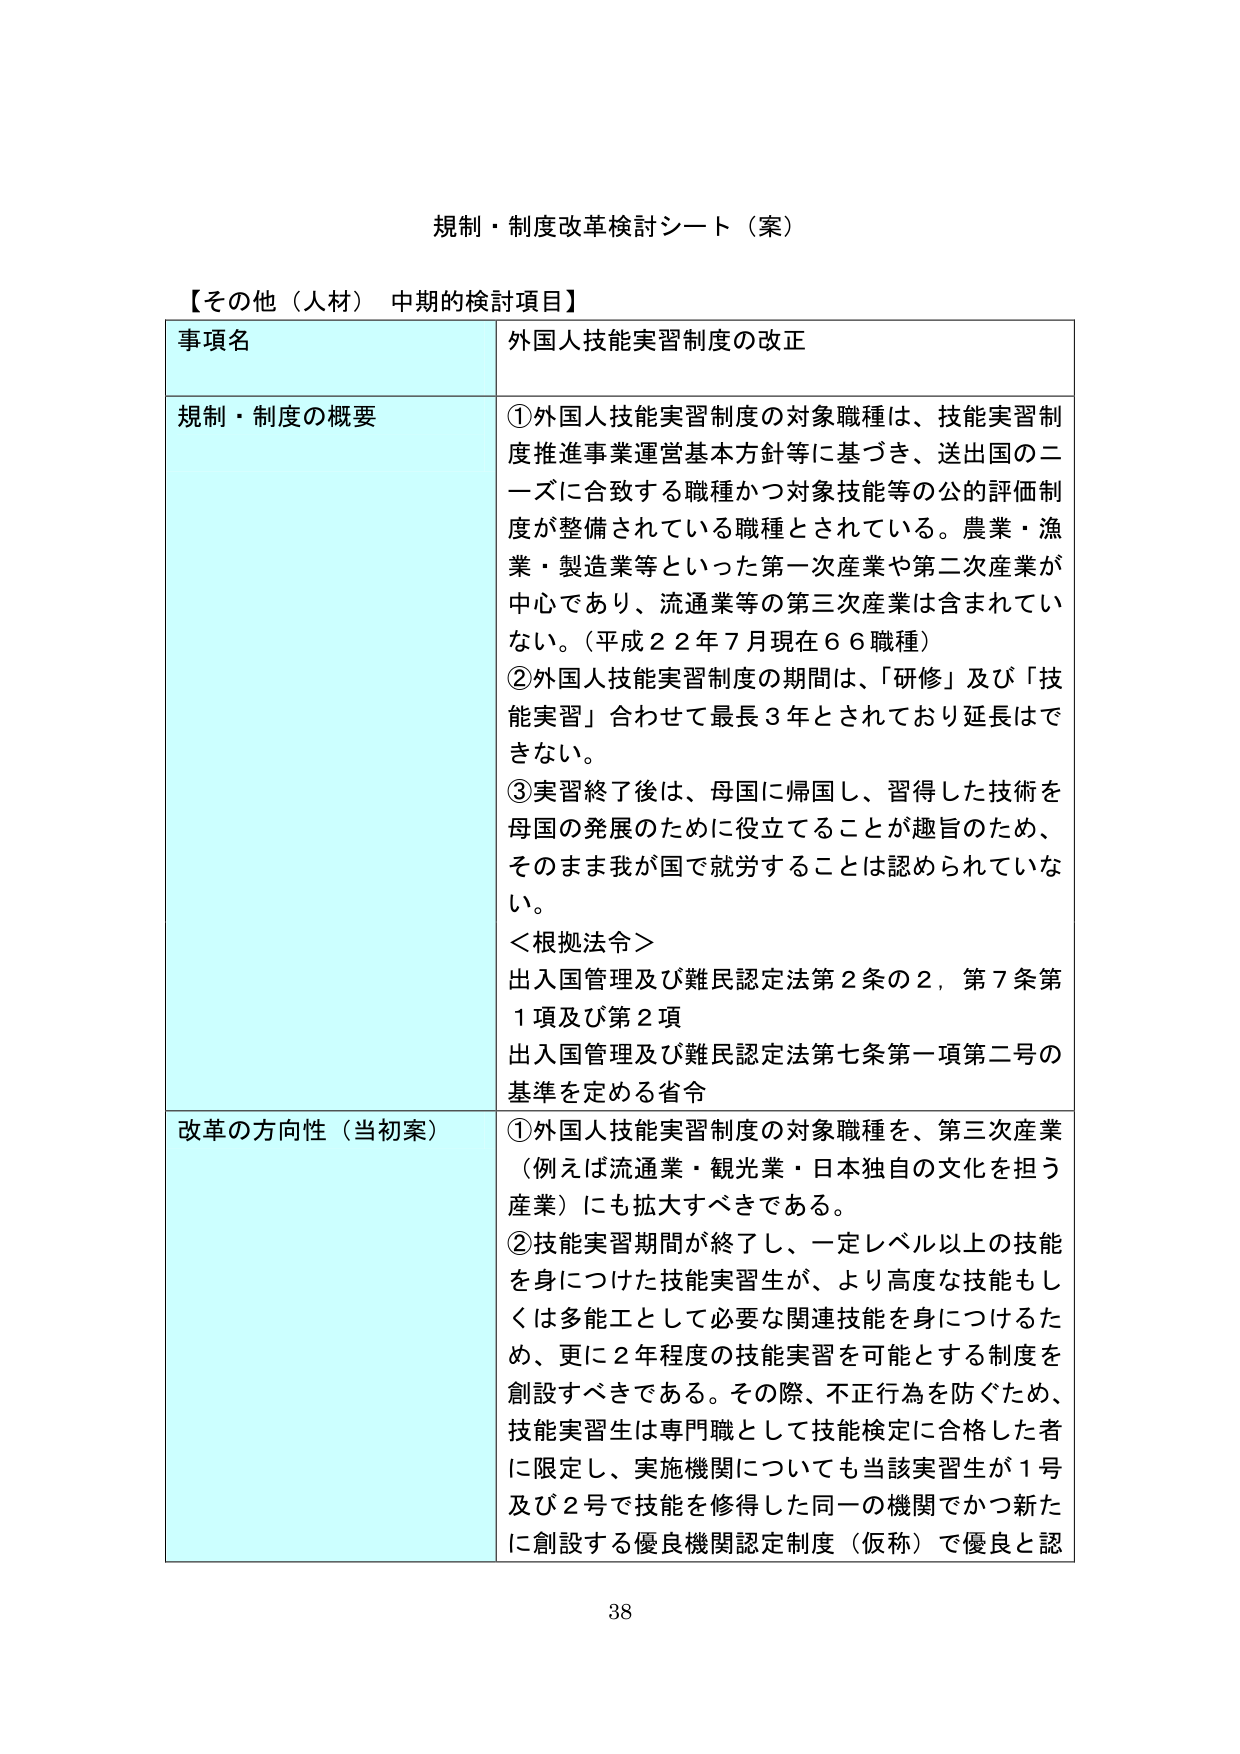
規制・制度改革検討シート（案）

【その他（人材） 中期的検討項目】

事項名 外国人技能実習制度の改正

規制・制度の概要
①外国人技能実習制度の対象職種は、技能実習制度推進事業運営基本方針等に基づき、送出国のニーズに合致する職種かつ対象技能等の公的評価制度が整備されている職種とされている。農業・漁業・製造業等といった第一次産業や第二次産業が中心であり、流通業等の第三次産業は含まれていない。（平成２２年７月現在６６職種）
②外国人技能実習制度の期間は、「研修」及び「技能実習」合わせて最長３年とされており延長はできない。
③実習終了後は、母国に帰国し、習得した技術を母国の発展のために役立てることが趣旨のため、そのまま我が国で就労することは認められない。
＜根拠法令＞
出入国管理及び難民認定法第２条の２，第７条第１項及び第２項
出入国管理及び難民認定法第七条第一項第二号の基準を定める省令

改革の方向性（当初案）
①外国人技能実習制度の対象職種を、第三次産業（例えば流通業・観光業・日本独自の文化を担う産業）にも拡大すべきである。
②技能実習期間が終了し、一定レベル以上の技能を身につけた技能実習生が、より高度な技能もしくは多能工として必要な関連技能を身につけるため、更に２年程度の技能実習を可能とする制度を創設すべきである。その際、不正行為を防ぐため、技能実習生は専門職として技能検定に合格した者に限定し、実施機関についても当該実習生が１号及び２号で技能を修得した同一の機関でかつ新たに創設する優良機関認定制度（仮称）で優良と認

38